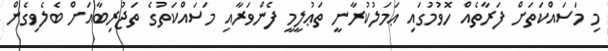
މި މަސައްކަތަށް ފަރާތެއް ހޮވުމުގައި ޢަމަލުކުރާނީ ތަޢުލީމީ ފެންވަރާއި މަސައްކަތުގެ ތަޖުރިބާއަށް ބެލެވިގެން